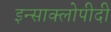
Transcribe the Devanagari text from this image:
इन्साक्लोपीदी